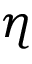
\eta